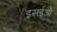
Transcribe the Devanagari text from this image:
इसईओं